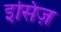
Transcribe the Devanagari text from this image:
इसिज़